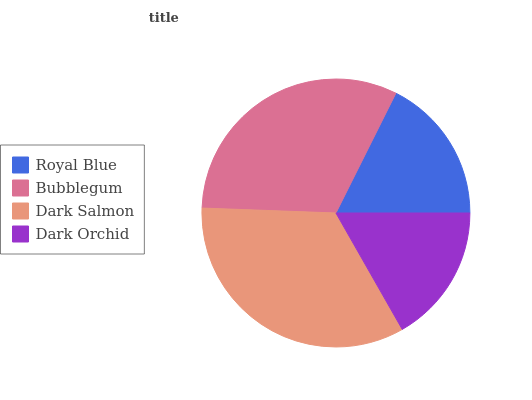
| Royal Blue | Bubblegum | Dark Salmon | Dark Orchid |
 | --- | --- | --- | --- |
 | 17.6% | 31.8% | 33.9% | 16.7% |